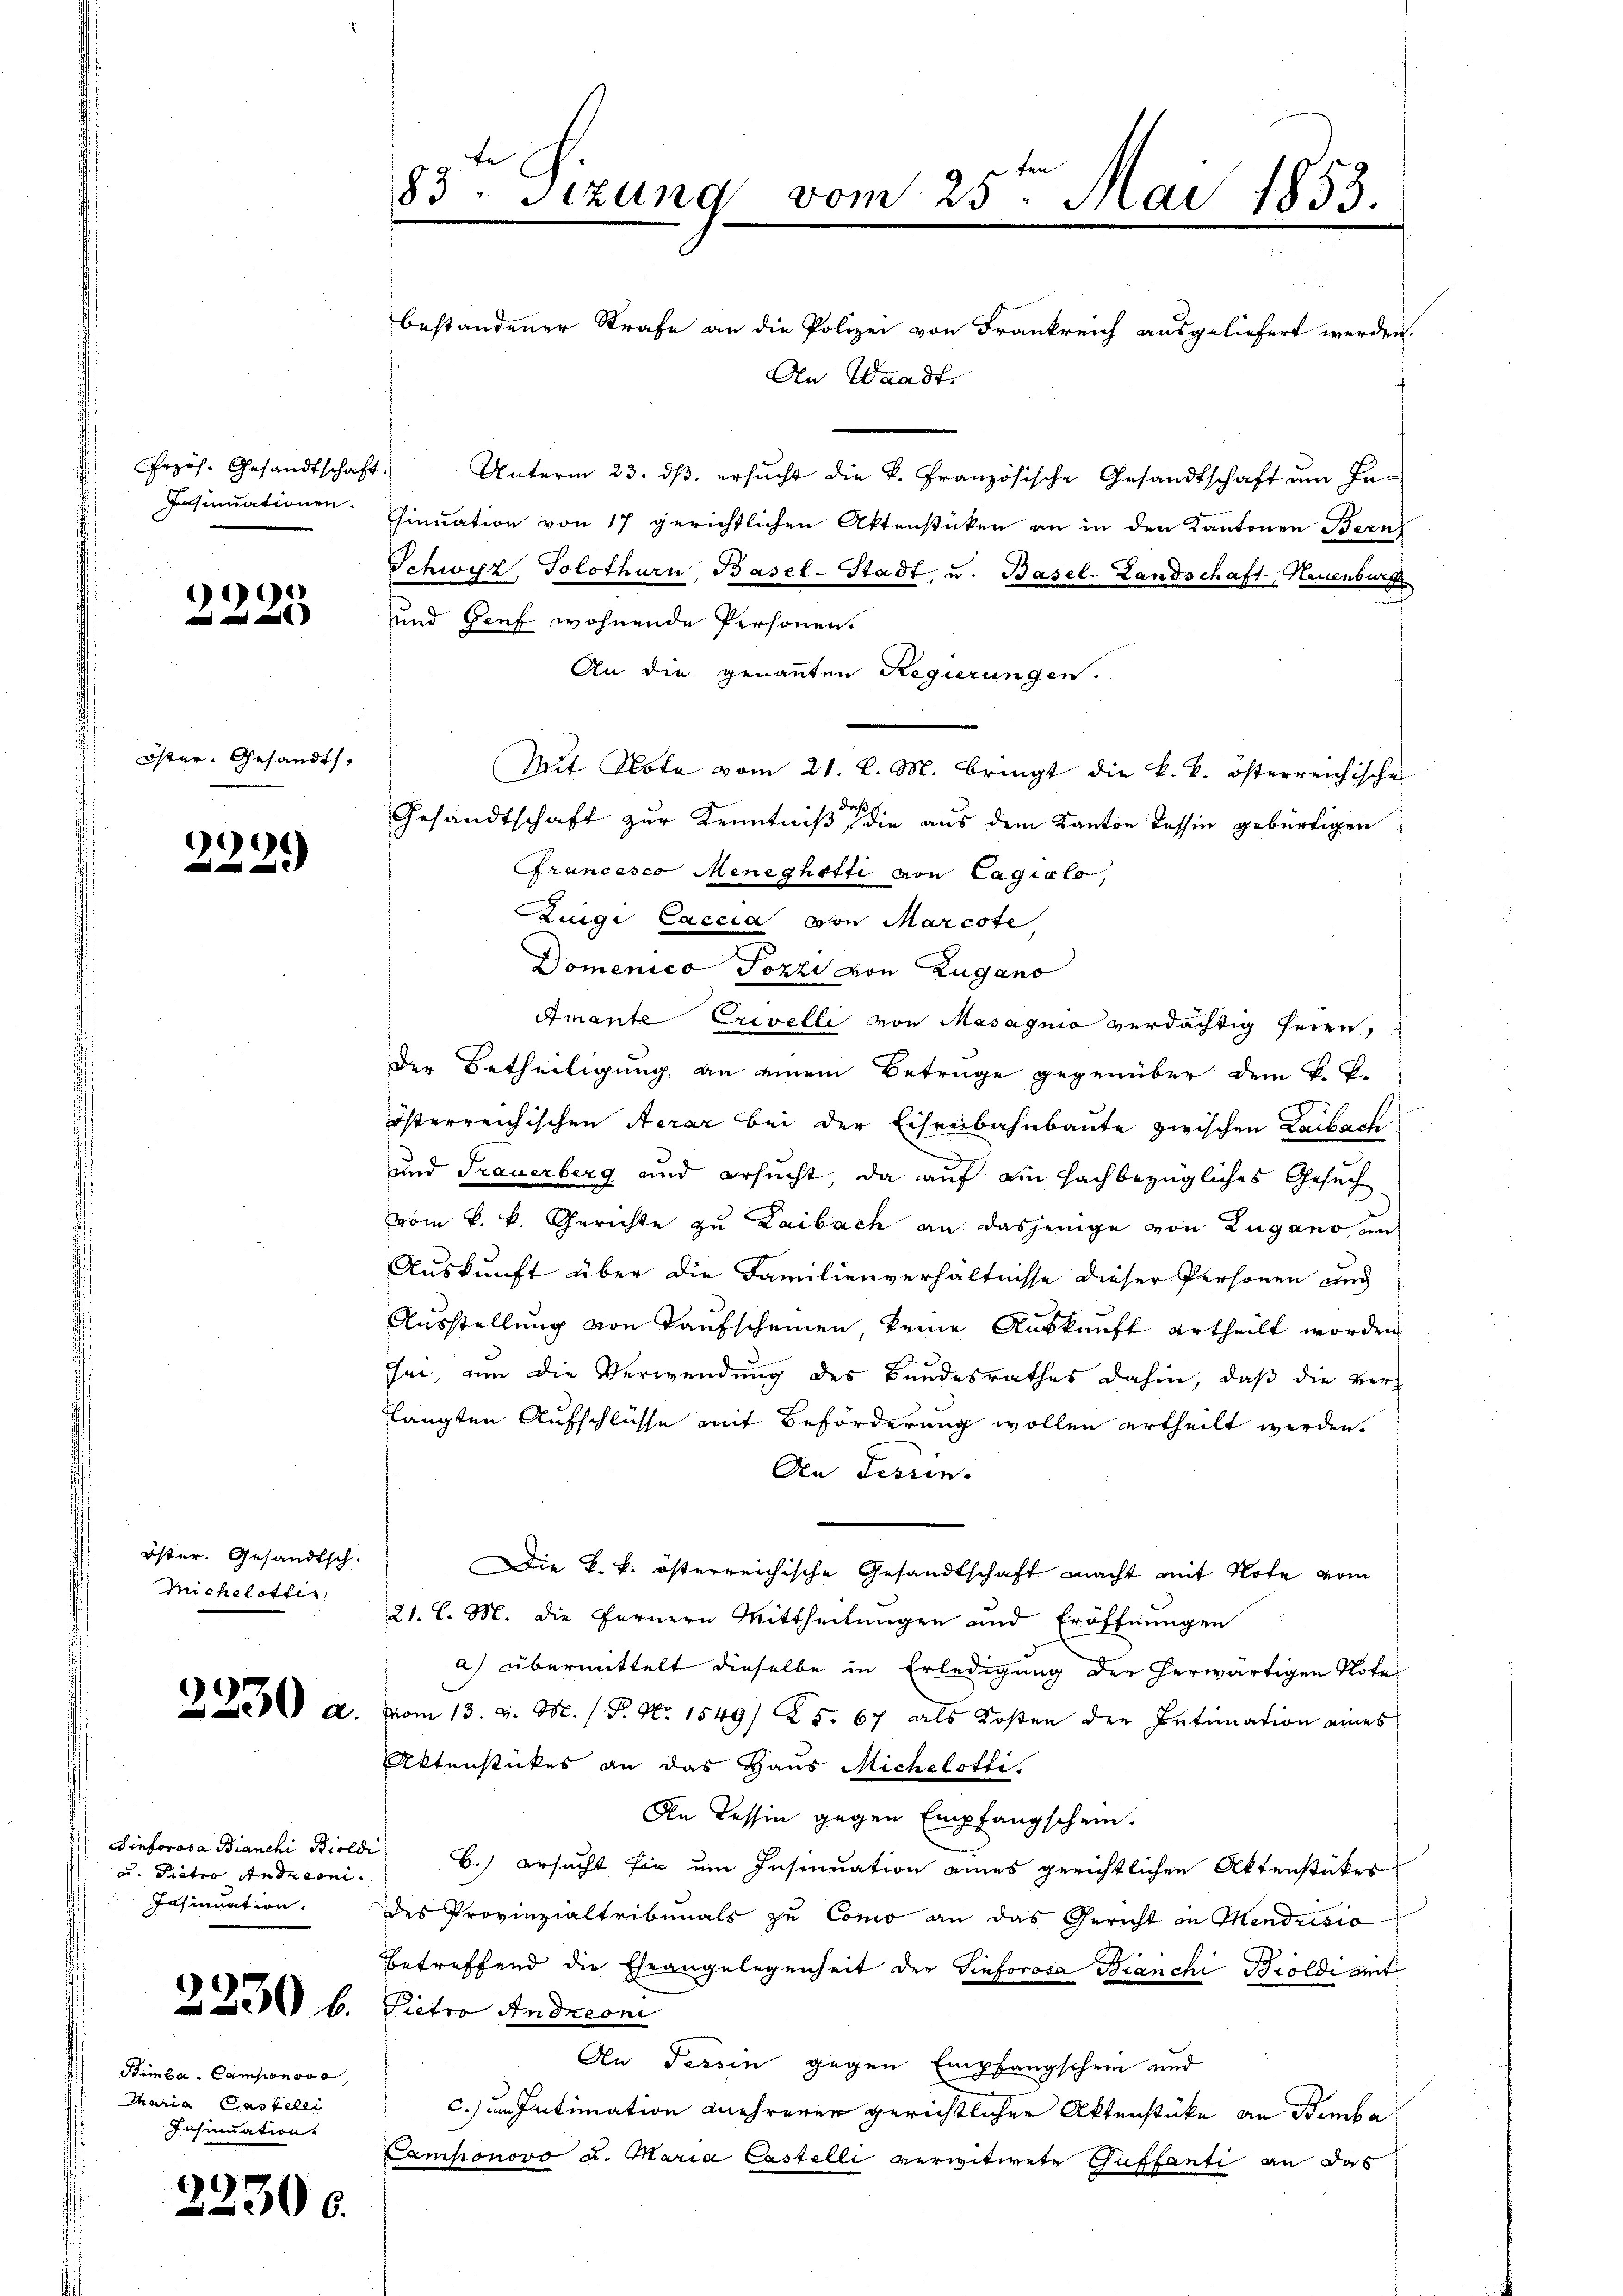
Insinuationen.

2225

Öster Gesandts

)
2

öster. Gesandtsch.
Micheletter,

2230 a.

dt. Hinforosa Bianchi Bioli
u. Pieter Androni¬
Insinuation.
2230 l.
Bimba, Cantonsve
Maria Castelli
Insinuation.

22300.

83ten Sizung vom 25ten Mai 1853.

bestandener Strafe an die Polizei von Frankreich ausgeliefert werden.
An Waadt.

rzös. Gesandtschaft. Unterm 23. dβ. ersucht die k. Französische Gesandtschaft um Inhinuation von 17 gerichtlichen Aktenstücken an in den Kantonen Bern
Schwyz, Solothurn, Basel-Stadt, u. Basel-Landschaft, Neuenburg
und Genf wohnende Personen.
An die genannten Regierungen.
Mit Note vom 21. l. M. bringt die k. k. österreichische
Gesandtschaft zur Kenntniß die aus dem Kanton Tessin gebürtigen
Francesco Meneghetti von Cagialo,
Zingi Laccia von Marcote,
Domenico Pozzi von Zugano
Amante Crevelli von Masagnio verdächtig seien,
der Betheiligung an einem Betrüge gegenüber dem k. k.
österreichischen Aerar bei der Eisenbahnbaute zwischen Laibache
und Frauerberg und ersucht, da auf ein hachbezügliches Gesuch
vom k. k. Gerichte zu Laibach an dasjenige von Zugano sen
Auskunft über die Familienverhältnisse dieser Personen und
Ausstellung von Kaufscheinen, keine Auskunft ertheilt worden
sei, um die Verwendung des Bundesrathes dahin, daß die verflangten Aufschlüsse mit Beförderung wollen ertheilt werden.
An Tessin.
Die k. k. österreichische Gesandtschaft macht mit Note vom
21. l. M. die Fernern Mittheilungen und Eröffnungen
a) übermittelt dieselbe in Erledigung der herwärtigen Note
vom 13. d. M. P. Nr. 1549/ 25. 67 als Kosten der Intimation eines
Aktenstückes an das Haus Michelotti.
An dessen gegen Empfangschein.
 b.) ersucht sie ein Insinuation eines gerichtlichen Aktenstückes
des Provinzialtribunals zu Como an das Gericht in Mendrisio
betreffend die Eheangelegenheit der Sinforova Branchi Broldi mit
Pietro Andreoni
An Tessin gegen Empfangschein und
c.) im Intimation mehrerer gerichtlicher Aktenstüke an Bamba
Camponovo d. Maria Castelli verwitwete Guffanti an das